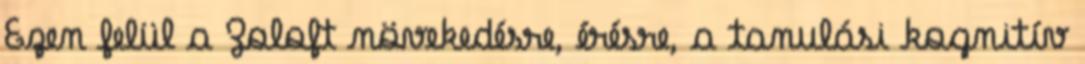
Ezen felül a Zoloft növekedésre, érésre, a tanulási kognitív